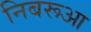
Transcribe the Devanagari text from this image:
निबरूआ